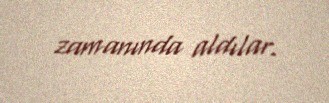
zamanında aldılar.